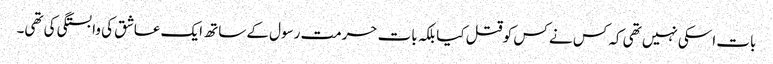
بات اسکی نہیں تھی کہ کس نے کس کو قتل کیا بلکہ بات حرمت رسول کے ساتھ ایک عاشق کی وابستگی کی تھی۔